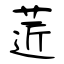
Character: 菦